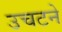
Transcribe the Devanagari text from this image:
उचटने